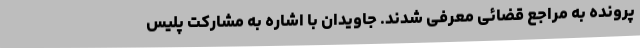
پرونده به مراجع قضائی معرفی شدند. جاویدان با اشاره به مشارکت پلیس